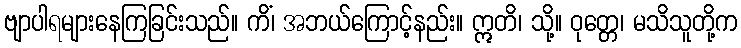
ဗျာပါရများနေကြခြင်းသည်။ ကိံ၊ အဘယ်ကြောင့်နည်း။ ဣတိ၊ သို့။ ဝုတ္တေ၊ မသိသူတို့က